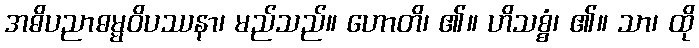
အဓိပညာဓမ္မဝိပဿနာ၊ မည်သည်။ ဟောတိ၊ ၏။ ဟိသစ္စံ၊ ၏။ သာ၊ ထို